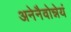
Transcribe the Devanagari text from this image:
अनेनैवोन्नेयं